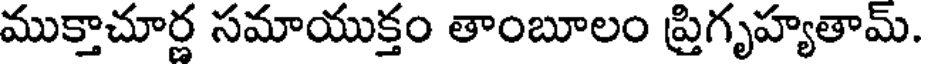
ముక్తాచూర్ణ సమాయుక్తం తాంబూలం ప్రిగృహ్యతామ్.